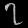
Digit: ၇